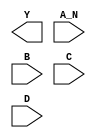
module sky130_fd_sc_hd__nand4b (
    Y  ,
    A_N,
    B  ,
    C  ,
    D
);

    output Y  ;
    input  A_N;
    input  B  ;
    input  C  ;
    input  D  ;

    // Voltage supply signals
    supply1 VPWR;
    supply0 VGND;
    supply1 VPB ;
    supply0 VNB ;

endmodule